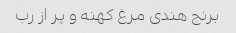
برنج هندی مرغ کهنه و پر از رب